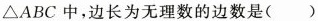
△ABC中，边长为无理数的边数是()